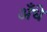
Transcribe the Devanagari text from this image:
अँधे